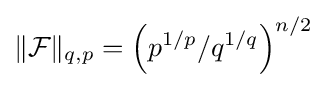
\|{\mathcal {F}}\|_{q,p}=\left(p^{1/p}/q^{1/q}\right)^{n/2}